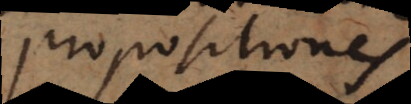
Propositiones